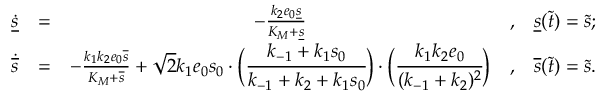
\begin{array} { r c c c l } { \dot { \underline { { s } } } } & { = } & { - \frac { k _ { 2 } e _ { 0 } \underline { { s } } } { K _ { M } + \underline { { s } } } } & { , } & { \underline { { s } } ( \widetilde t ) = \widetilde s ; } \\ { \dot { \overline { { s } } } } & { = } & { - \frac { k _ { 1 } k _ { 2 } e _ { 0 } \overline { { s } } } { K _ { M } + \overline { { s } } } + \sqrt 2 k _ { 1 } e _ { 0 } s _ { 0 } \cdot \bigg ( \cfrac { k _ { - 1 } + k _ { 1 } s _ { 0 } } { k _ { - 1 } + k _ { 2 } + k _ { 1 } s _ { 0 } } \bigg ) \cdot \bigg ( \cfrac { k _ { 1 } k _ { 2 } e _ { 0 } } { ( k _ { - 1 } + k _ { 2 } ) ^ { 2 } } \bigg ) } & { , } & { \overline { { s } } ( \widetilde t ) = \widetilde s . } \end{array}